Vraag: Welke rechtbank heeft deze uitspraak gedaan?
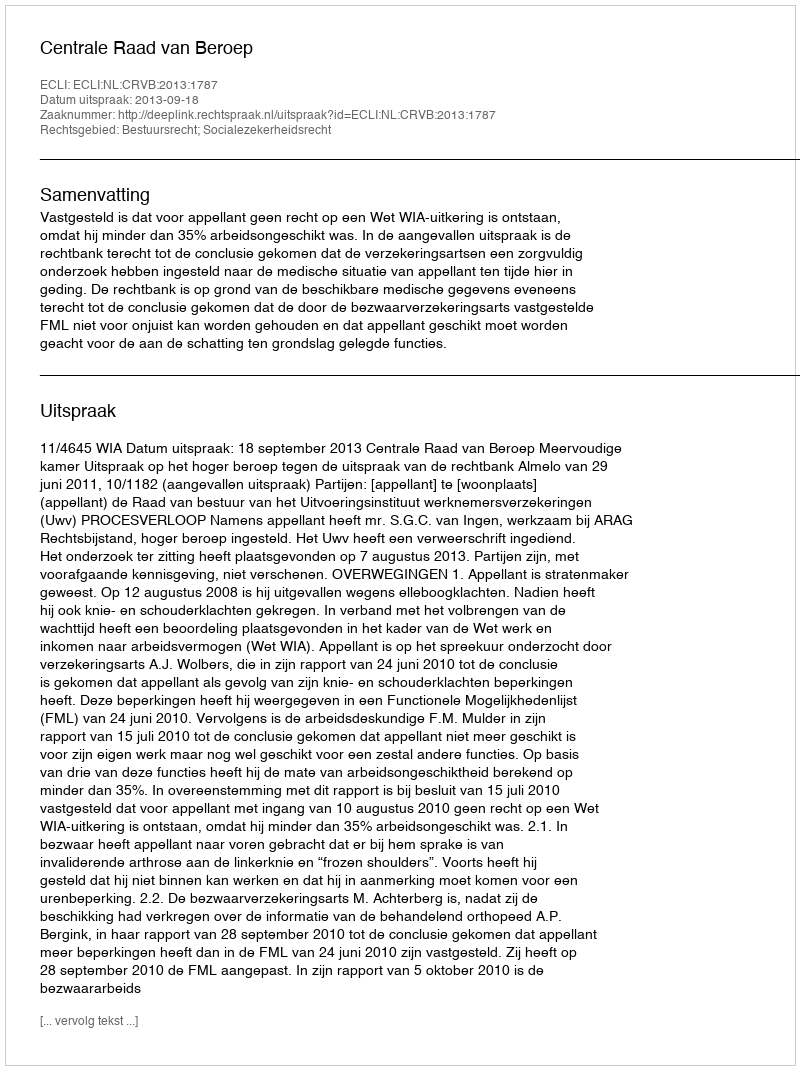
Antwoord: Centrale Raad van Beroep